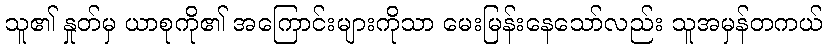
သူ၏ နှုတ်မှ ယာစုကို၏ အကြောင်းများကိုသာ မေးမြန်းနေသော်လည်း သူအမှန်တကယ်